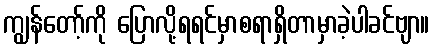
ကျွန်တော့်ကို ပြောလို့ရရင်မှာစရာရှိတာမှာခဲ့ပါခင်ဗျာ။